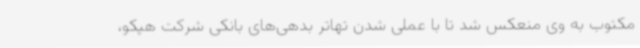
مکتوب به وی منعکس شد تا با عملی شدن تهاتر بدهی‌های بانکی شرکت هپکو،